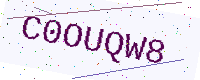
Text: C0OUQW8